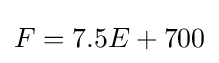
F=7.5E+700